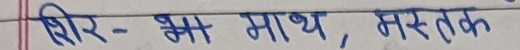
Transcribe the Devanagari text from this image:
शिर - झा, माथ, मस्तक